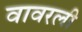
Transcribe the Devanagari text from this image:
वावरली